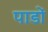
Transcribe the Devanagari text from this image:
पाडों